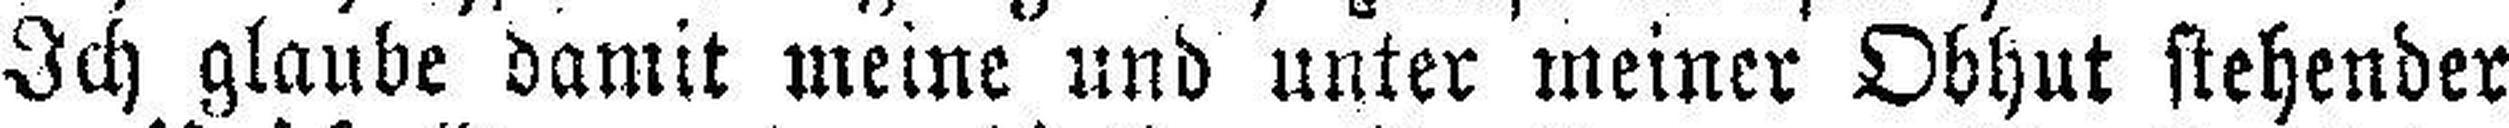
Ich glaube damit meine und unter meiner Obhut stehender